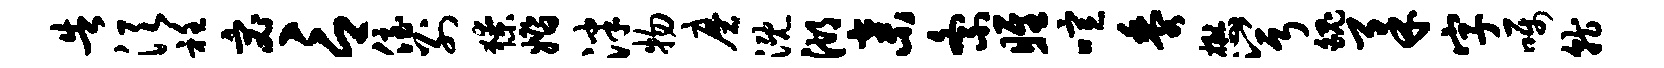
告须衽宓言侄别獠婚泮物磨溉湖弃紊雎喧黍懋兮魄柔字嘱就